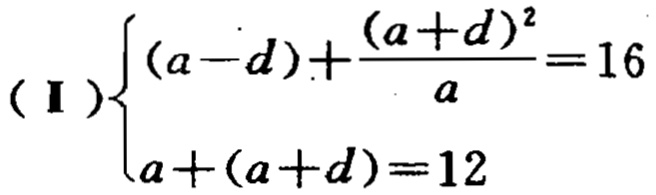
\((\text{I})\begin{cases}(a - d)+\frac{(a + d)^2}{a}=16\\a+(a + d)=12\end{cases}\)